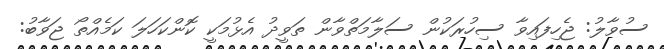
ސުވާލު: ޖެހިފައިވާ ސިހުރަކުން ސަލާމަތްވާން ތަވީދު އެޅުމަކީ ކޮންކަހަލަ ކަމެއްތޯ ޖަވާބު: